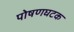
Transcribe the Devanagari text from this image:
पोषणघटक